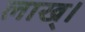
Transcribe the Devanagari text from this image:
लाख्।